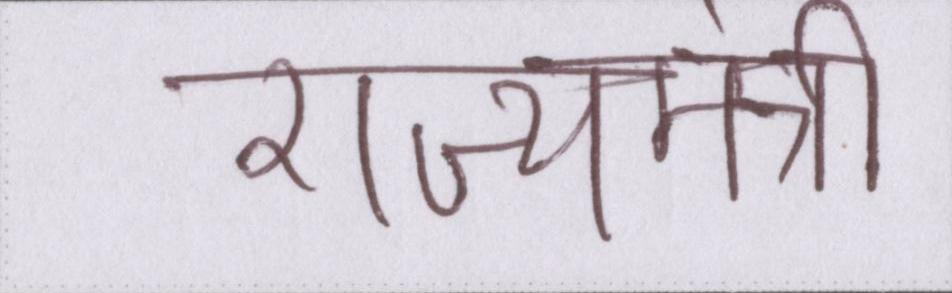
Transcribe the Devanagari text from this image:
राज्यमंत्री